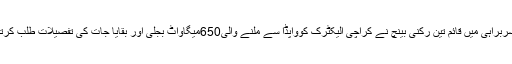
2015ء)سپریم کورٹ میں جسٹس ثاقب نثار کی سربراہی میں قائم تین رکنی بینچ نے کراچی الیکٹرک کوواپڈا سے ملنے والی650میگاواٹ بجلی اور بقایا جات کی تفصیلات طلب کرتے ہوئے سماعت 2ہفتے کے لئے ملتوی کر دی ۔